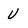
Character: U